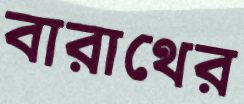
বারাথের